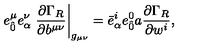
e _ { \hat { 0 } } ^ { \mu } e _ { \alpha } ^ { \nu } \left. \frac { \partial \Gamma _ { R } } { \partial b ^ { \mu \nu } } \right| _ { g _ { \mu \nu } } = { \bar { e } } _ { \alpha } ^ { i } { e } _ { \hat { 0 } } ^ { 0 } a \frac { \partial \Gamma _ { R } } { \partial w ^ { i } } ,